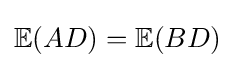
\mathbb {E} (AD)=\mathbb {E} (BD)